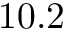
1 0 . 2